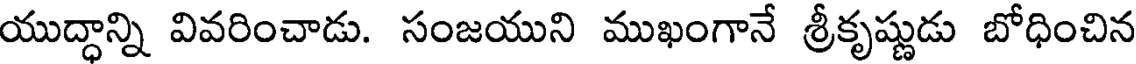
యుద్ధాన్ని వివరించాడు. సంజయుని ముఖంగానే శ్రీకృష్ణుడు బోధించిన